Leaving Certificate Examination (including Day School Certificate (Higher) General paper), 1927
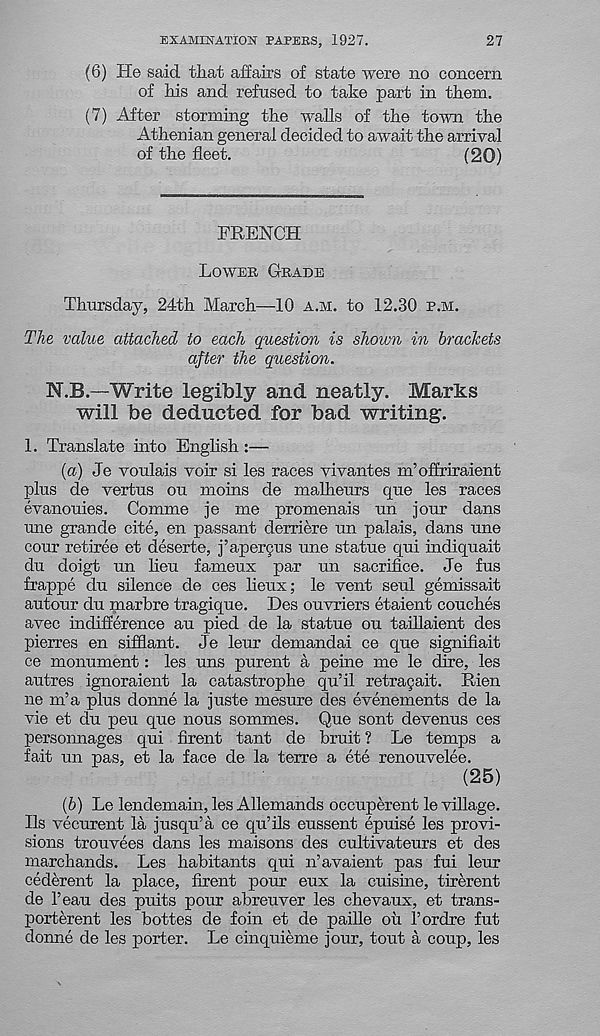
EXAMINATION PAPERS, 1927.
27
(6) He said that affairs of state were no concern
of his and refused to take part in them.
(7) After storming the walls of the town the
Athenian general decided to await the arrival
of the fleet.
(20)
FRENCH
LOWER GRADE
Thursday, 24th March—10 A.M. to 12.30 P.M.
The value attached to each question is shown in brackets
after the question.
N.B.—Write legibly and neatly. Marts
will be deducted for bad writing.
1. Translate into English:—
(а) Je voulais voir si les races vivantes m’offriraient
plus de vertus ou moins de malheurs que les races
evanouies. Comme je me promenais un jour dans
une grande cite, en passant derriere un palais, dans une
cour retiree et deserte, j’apercus une statue qui indiquait
du doigt un lieu fameux par un sacrifice. Je fus
frappe du silence de ces lieux; le vent seul gemissait
autour du marbre tragique. Des ouvriers etaient couches
avec indifference au pied de la statue ou taillaient des
pierres en sifflant. Je leur demandai ce que signifiait
ce monument: les uns purent a peine me le dire, les
autres ignoraient la catastrophe qu’il retracait. Rien
ne m’a plus donne la juste mesure des evenements de la
vie et du peu que nous sommes. Que sont devenus ces
personnages qui firent tant de bruit ? Le temps a
fait un pas, et la face de la terre a ete renouvelee.
(25)
(б) Le lendemain, les Allemands occuperent le village.
Ils vecurent la jusqu’a ce qu’ils eussent epuise les provi-
sions trouvees dans les maisons des cultivateurs et des
marchands. Les habitants qui n’avaient pas fui leur
cederent la place, firent pour eux la cuisine, tirerent
de beau des puits pour abreuver les chevaux, et trans-
porterent les bottes de foin et de paille ou I’ordre fut
donne de les porter. Le cinquieme jour, tout a coup, les